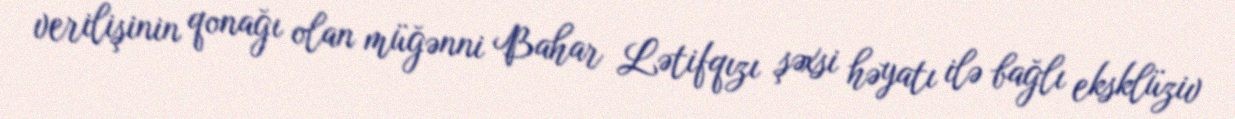
verilişinin qonağı olan müğənni Bahar Lətifqızı şəxsi həyatı ilə bağlı eksklüziv